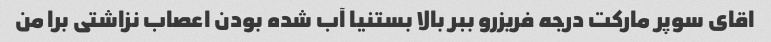
اقای سوپر مارکت درجه فریزرو ببر بالا بستنیا آب شده بودن اعصاب نزاشتی برا من